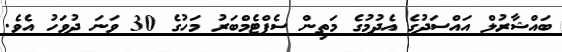
ބައްޝާރުލް އައްސަދުގެ އެދުމުގެ މަތިން ސެޕްޓެމްބަރު މަހުގެ 30 ވަނަ ދުވަހު އެވެ.